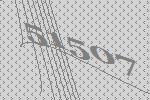
51507